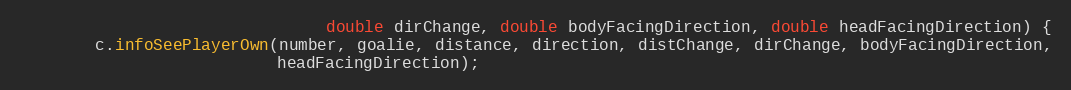
Language: Java
                                double dirChange, double bodyFacingDirection, double headFacingDirection) {
        c.infoSeePlayerOwn(number, goalie, distance, direction, distChange, dirChange, bodyFacingDirection,
                           headFacingDirection);